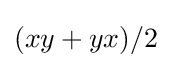
(xy+yx)/2